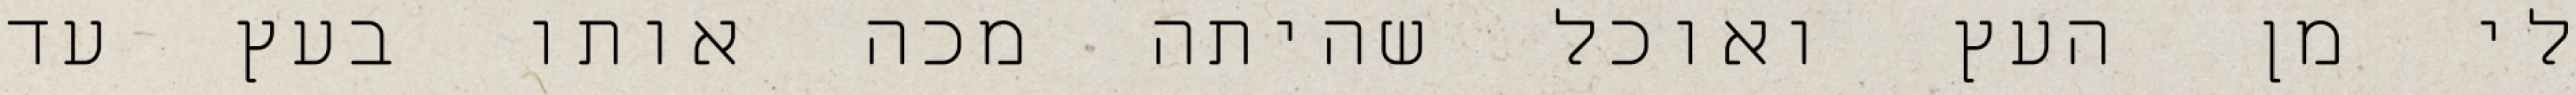
לי מן העץ ואוכל שהיתה מכה אותו בעץ עד